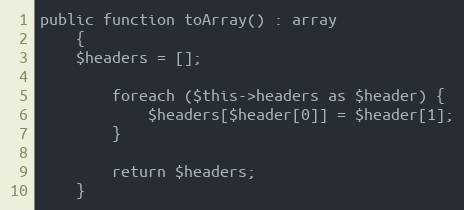
Language: PHP
public function toArray() : array
	{
  	$headers = [];

		foreach ($this->headers as $header) {
			$headers[$header[0]] = $header[1];
		}

		return $headers;
	}